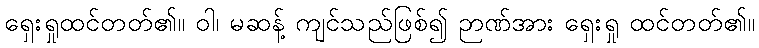
ရှေးရှုထင်တတ်၏။ ဝါ၊ မဆန့် ကျင်သည်ဖြစ်၍ ဉာဏ်အား ရှေးရှု ထင်တတ်၏။